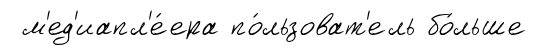
м'ед'иапл'е́ера по́льзоват'ель бо́льше